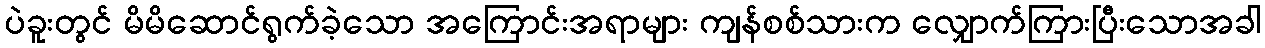
ပဲခူးတွင် မိမိဆောင်ရွက်ခဲ့သော အကြောင်းအရာများ ကျန်စစ်သားက လျှောက်ကြားပြီးသောအခါ